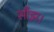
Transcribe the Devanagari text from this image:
साँझ।